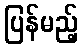
ပြန်မည့်